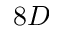
8 D